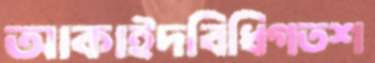
আকাইদবিধিগতশ